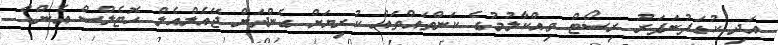
އަދި ކުޑަފުނަފަރު ރިސޯޓް ވިއްކާލުމުގެ ކަންތައްތައް ކުރިޔަށް ގެންދަން ޖޭއެލްއެލް ހޮޓެލްސް އެންޑް